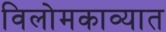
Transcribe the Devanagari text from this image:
विलोमकाव्यात